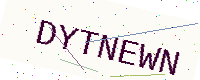
Text: DYTNEWN